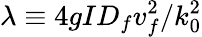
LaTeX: \lambda\equiv 4gID_{f}v_{f}^{2}/k_{0}^{2}